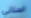
اسناني